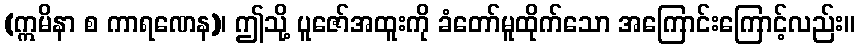
(ဣမိနာ စ ကာရဏေန)၊ ဤသို့ ပူဇော်အထူးကို ခံတော်မူထိုက်သော အကြောင်းကြောင့်လည်း။